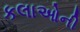
કલાઓની